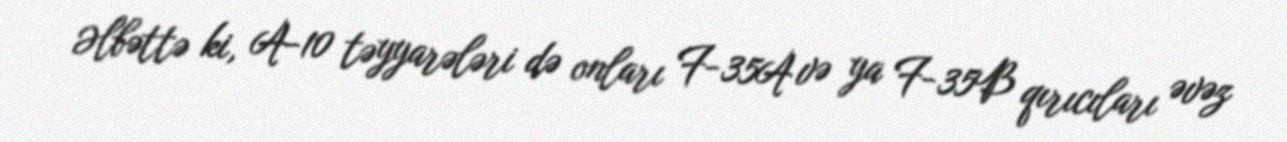
Əlbəttə ki, A-10 təyyarələri də onları F-35A və ya F-35B qırıcıları əvəz